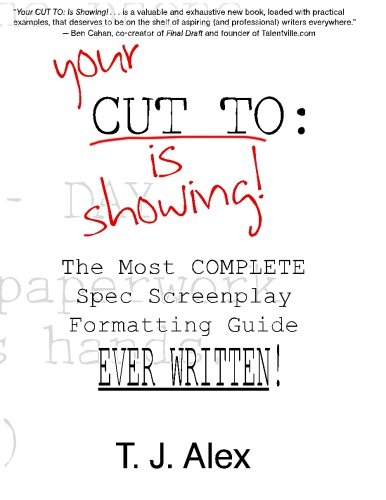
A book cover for Your CUT TO: Is Showing: The Most Complete Spec Screenplay Formatting Guide Ever Written; T. J. Alex; Humor & Entertainment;